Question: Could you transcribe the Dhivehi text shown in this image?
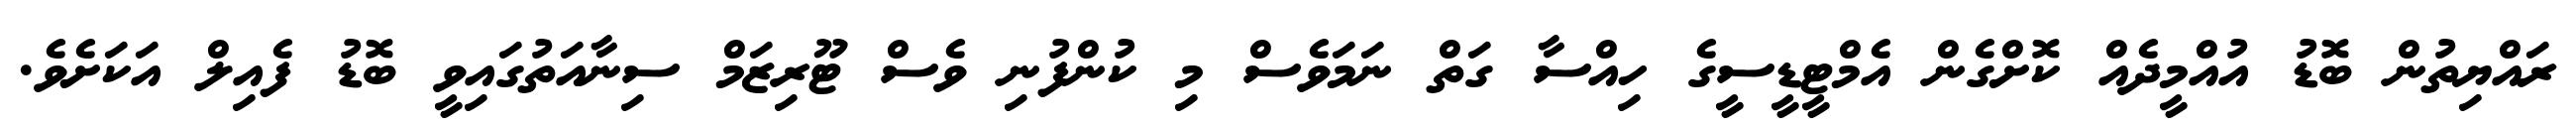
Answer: ރައްޔިތުން ބޮޑު އުއްމީދެއް ކޮށްގެން އެމްޓީޑީސީގެ ހިއްސާ ގަތް ނަމަވެސް މި ކުންފުނި ވެސް ޓޫރިޒަމް ސިނާއަތުގައިވީ ބޮޑު ފެއިލް އަކަށެވެ.